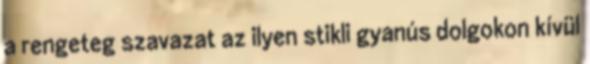
a rengeteg szavazat az ilyen stikli gyanús dolgokon kívül